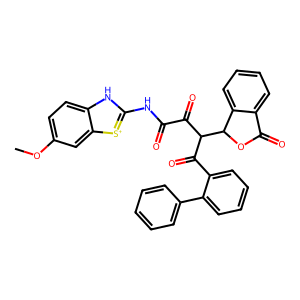
SMILES: COc1ccc2[nH]c(NC(=O)C(=O)C(C(=O)c3ccccc3-c3ccccc3)C3OC(=O)c4ccccc43)[s+]c2c1
Inhibits HIV replication: No